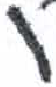
אות: ו